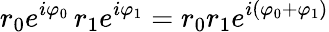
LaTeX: r_{0}e^{i\varphi_{0}}\, r_{1}e^{i\varphi_{1}}=r_{0}r_{1}e^{i\left(\varphi_{0}+\varphi_{1}\right)}